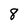
Character: 8